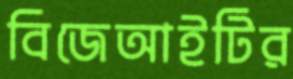
বিজেআইটির